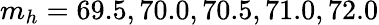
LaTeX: m_{h}=69.5,70.0,70.5,71.0,72.0